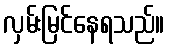
လှမ်းမြင်နေရသည်။